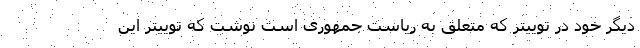
دیگر خود در توییتر که متعلق به ریاست جمهوری است نوشت که توییتر این